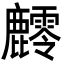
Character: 䴫